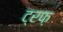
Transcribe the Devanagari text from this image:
ट्रफ़